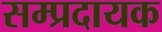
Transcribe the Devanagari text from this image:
सम्‍प्रदायक